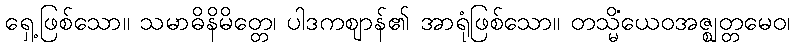
ရှေ့ဖြစ်သော။ သမာဓိနိမိတ္တေ၊ ပါဒကဈာန်၏ အာရုံဖြစ်သော။ တသ္မိံယေဝအဇ္ဈတ္တမေဝ၊